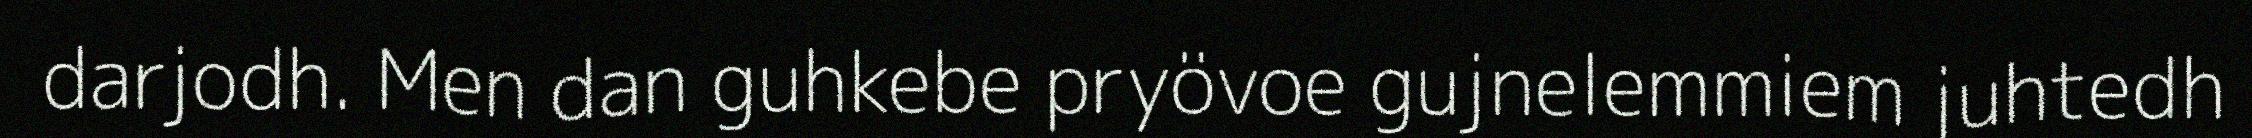
darjodh. Men dan guhkebe pryövoe gujnelemmiem juhtedh